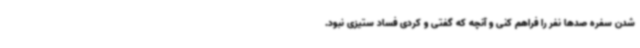
شدن سفره صدها نفر را فراهم کنی و آنچه که گفتی و کردی فساد ستیزی نبود.